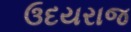
ઉદયરાજ